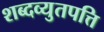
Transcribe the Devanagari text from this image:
शब्दव्युतपत्ति